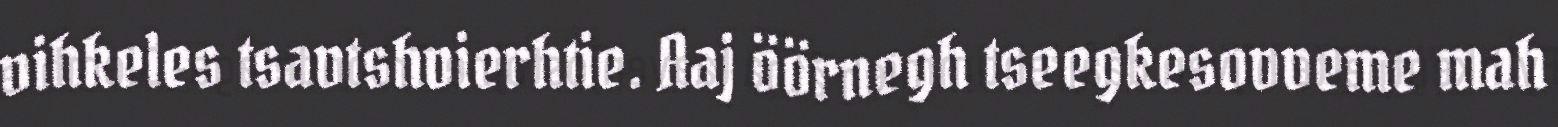
vihkeles tsavtshvierhtie. Aaj öörnegh tseegkesovveme mah